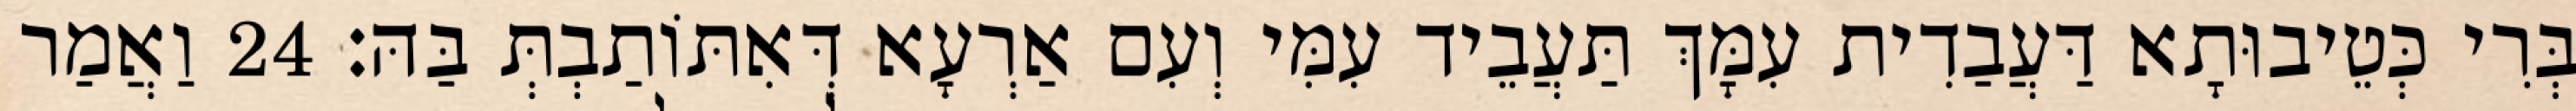
בְּרִי כְּטֵיבוּתָא דַּעֲבַדִית עִמָּךְ תַּעֲבֵיד עִמִּי וְעִם אַרְעָא דְּאִתּוֹתַבְתְּ בַּהּ׃ 24 וַאֲמַר